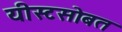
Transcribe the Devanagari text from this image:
यीस्टसोबत